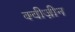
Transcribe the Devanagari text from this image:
क्वीज़ीन